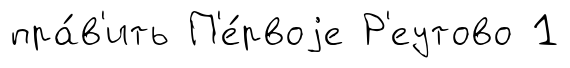
пра́в'ить П'е́рвоjе Р'еутово 1